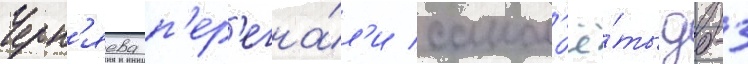
Черн'яева п'ер'егна́л'и самол'ё́ты дб-3